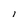
Character: l